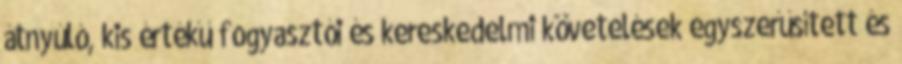
átnyúló, kis értékű fogyasztói és kereskedelmi követelések egyszerűsített és